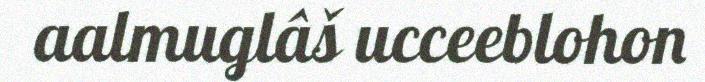
aalmuglâš ucceeblohon